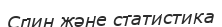
Спин және статистика